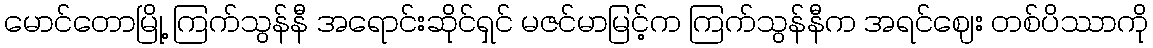
မောင်တောမြို့ ကြက်သွန်နီ အရောင်းဆိုင်ရှင် မဇင်မာမြင့်က ကြက်သွန်နီက အရင်ဈေး တစ်ပိဿာကို